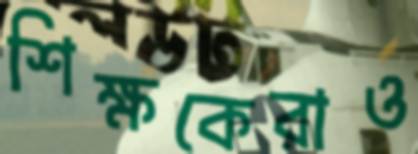
শিক্ষকেরাও